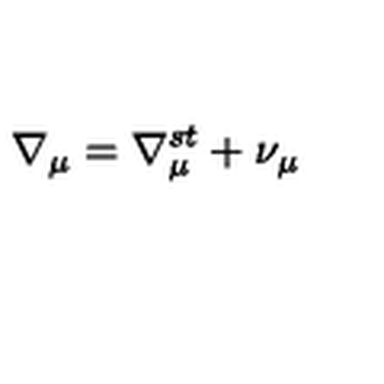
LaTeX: \nabla _ { \mu } = \nabla _ { \mu } ^ { s t } + \nu _ { \mu }